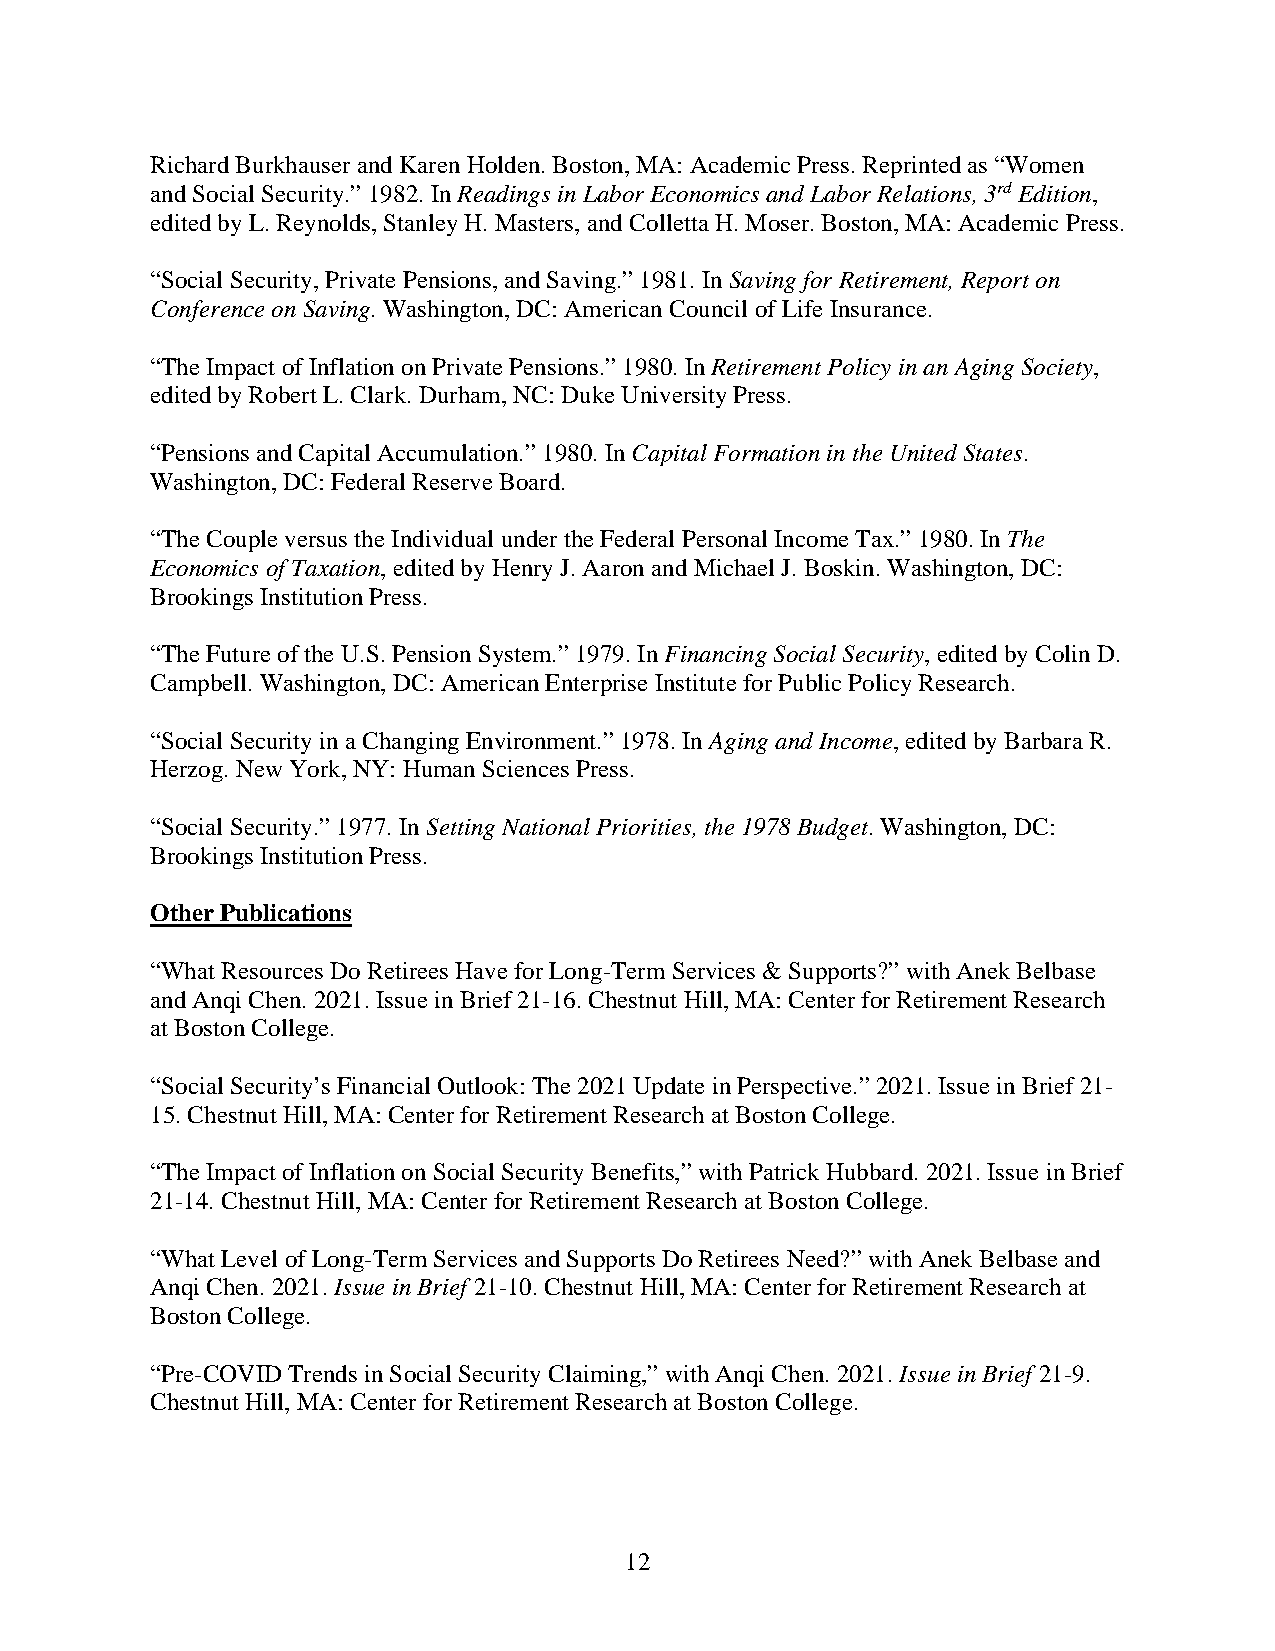
Richard Burkhauser and Karen Holden. Boston, MA: Academic Press. Reprinted as “Women
 and Social Security.” 1982. In Readings in Labor Economics and Labor Relations, 3rd Edition,
 edited by L. Reynolds, Stanley H. Masters, and Colletta H. Moser. Boston, MA: Academic Press.
 “Social Security, Private Pensions, and Saving.” 1981. In Saving for Retirement, Report on
 Conference on Saving. Washington, DC: American Council of Life Insurance.
 “The Impact of Inflation on Private Pensions.” 1980. In Retirement Policy in an Aging Society,
 edited by Robert L. Clark. Durham, NC: Duke University Press.
 “Pensions and Capital Accumulation.” 1980. In Capital Formation in the United States.
 Washington, DC: Federal Reserve Board.
 “The Couple versus the Individual under the Federal Personal Income Tax.” 1980. In The
 Economics of Taxation, edited by Henry J. Aaron and Michael J. Boskin. Washington, DC:
 Brookings Institution Press.
 “The Future of the U.S. Pension System.” 1979. In Financing Social Security, edited by Colin D.
 Campbell. Washington, DC: American Enterprise Institute for Public Policy Research.
 “Social Security in a Changing Environment.” 1978. In Aging and Income, edited by Barbara R.
 Herzog. New York, NY: Human Sciences Press.
 “Social Security.” 1977. In Setting National Priorities, the 1978 Budget. Washington, DC:
 Brookings Institution Press.
 Other Publications
 “What Resources Do Retirees Have for Long-Term Services & Supports?” with Anek Belbase
 and Anqi Chen. 2021. Issue in Brief 21-16. Chestnut Hill, MA: Center for Retirement Research
 at Boston College.
 “Social Security’s Financial Outlook: The 2021 Update in Perspective.” 2021. Issue in Brief 21-
 15. Chestnut Hill, MA: Center for Retirement Research at Boston College.
 “The Impact of Inflation on Social Security Benefits,” with Patrick Hubbard. 2021. Issue in Brief
 21-14. Chestnut Hill, MA: Center for Retirement Research at Boston College.
 “What Level of Long-Term Services and Supports Do Retirees Need?” with Anek Belbase and
 Anqi Chen. 2021. Issue in Brief 21-10. Chestnut Hill, MA: Center for Retirement Research at
 Boston College.
 “Pre-COVID Trends in Social Security Claiming,” with Anqi Chen. 2021. Issue in Brief 21-9.
 Chestnut Hill, MA: Center for Retirement Research at Boston College.
 12